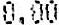
0.00